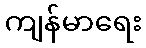
ကျန်မာရေး